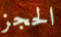
الحجز